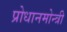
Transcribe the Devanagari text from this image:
प्रोधानमोन्त्री